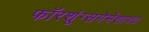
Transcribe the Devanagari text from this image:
फॉरशूंग्सगेमेंशाफ्ट